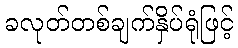
ခလုတ်တစ်ချက်နှိပ်ရုံဖြင့်